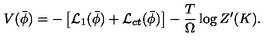
V ( \bar { \phi } ) = - \left[ { \cal L } _ { 1 } ( \bar { \phi } ) + { \cal L } _ { c t } ( \bar { \phi } ) \right] - \frac { T } { \Omega } \log Z ^ { \prime } ( K ) .